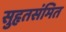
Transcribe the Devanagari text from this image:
सुहृतसंमित